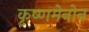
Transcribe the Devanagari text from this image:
कृष्णमेनोन